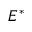
E ^ { * }